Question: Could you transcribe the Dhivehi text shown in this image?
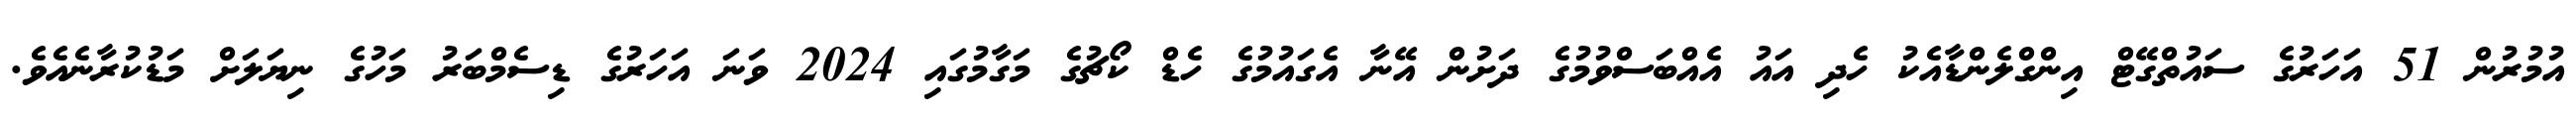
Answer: އުމުރުން 51 އަހަރުގެ ސައުތްގޭޓް އިންގްލެންޑާއެކު ހެދި އައު އެއްބަސްވުމުގެ ދަށުން އޭނާ އެގައުމުގެ ހެޑް ކޯޗުގެ މަގާމުގައި 2024 ވަނަ އަހަރުގެ ޑިސެމްބަރު މަހުގެ ނިޔަލަށް މަޑުކުރާނެއެވެ.